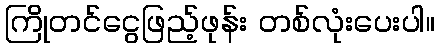
ကြိုတင်ငွေဖြည့်ဖုန်း တစ်လုံးပေးပါ။